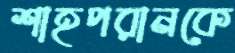
শাহপরানকে